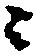
ニ